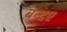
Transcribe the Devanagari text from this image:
बन्दए